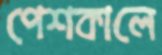
পেশকালে